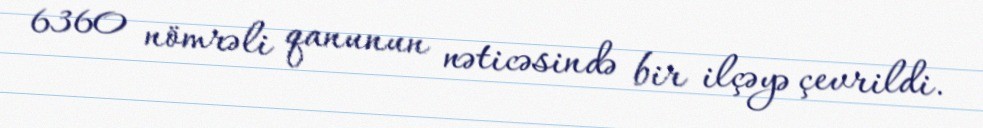
6360 nömrəli qanunun nəticəsində bir ilçəyə çevrildi.